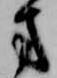
方